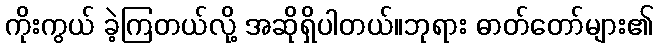
ကိုးကွယ် ခဲ့ကြတယ်လို့ အဆိုရှိပါတယ်။ဘုရား ဓာတ်တော်များ၏